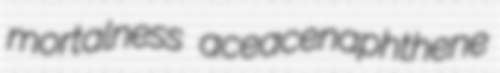
mortalness aceacenaphthene